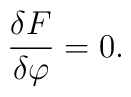
\frac{\delta F}{\delta \varphi }=0.